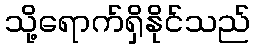
သို့ရောက်ရှိနိုင်သည်